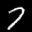
Label: 7